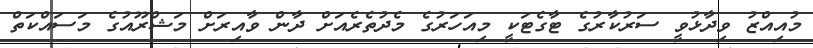
މުއިއްޒު ވިދާޅުވީ ސަރުކާރުގެ ޓާގެޓަކީ މިއަހަރުގެ މެދުތެރެއަށް ދާން ވާއިރަށް މަޝްރޫއުގެ މަސައްކަތް